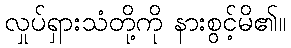
လှုပ်ရှားသံတို့ကို နားစွင့်မိ၏။